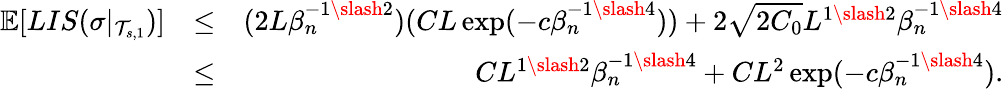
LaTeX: \begin{array}{rlr}{\mathbb{E}[LIS(\sigma|_{\mathcal{T}_{s,1}})]}&{\leq}&{(2L\beta_{n}^{-1\slash 2})(CL\exp(-c\beta_{n}^{-1\slash 4}))+2\sqrt{2C_{0}}L^{1\slash 2}\beta_{n}^{-1\slash 4}}\\ &{\leq}&{CL^{1\slash 2}\beta_{n}^{-1\slash 4}+CL^{2}\exp(-c\beta_{n}^{-1\slash 4}).}\end{array}